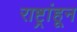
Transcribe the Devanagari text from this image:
राष्ट्रांहून